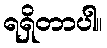
ရရှိတာပါ။